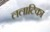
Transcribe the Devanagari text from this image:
ललाटिका